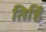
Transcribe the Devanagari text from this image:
तिहिं